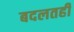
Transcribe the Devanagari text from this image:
बदलतही